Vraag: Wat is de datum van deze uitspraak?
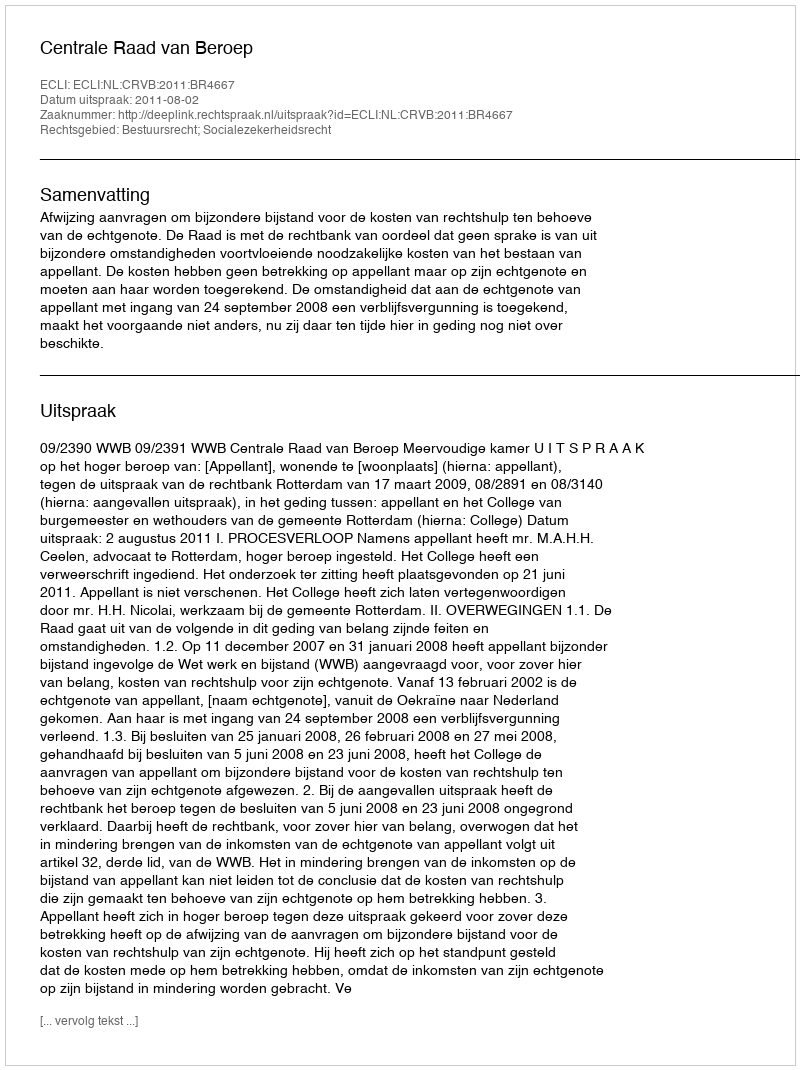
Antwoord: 2011-08-02